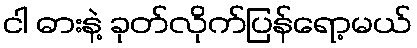
ငါ ဓားနဲ့ ခုတ်လိုက်ပြန်ရော့မယ်